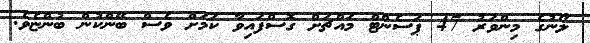
ލޯނުގެ މިންވަރު 47 ޕަސެންޓް މައްޗަށް ގޮސްފައިވާ ކަމަށް ވެސް ބޭންކުން ބުންޏެވެ.